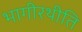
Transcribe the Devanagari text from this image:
भागीरथीति